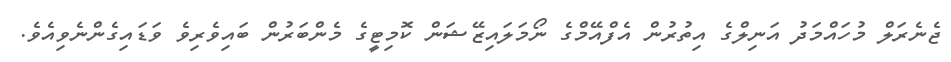
ޖެނެރަލް މުހައްމަދު އަނިލްގެ އިތުރުން އެފްއޭމްގެ ނޯމަލައިޒޭޝަން ކޮމިޓީގެ މެންބަރުން ބައިވެރިވެ ވަޑައިގެންނެވިއެވެ.